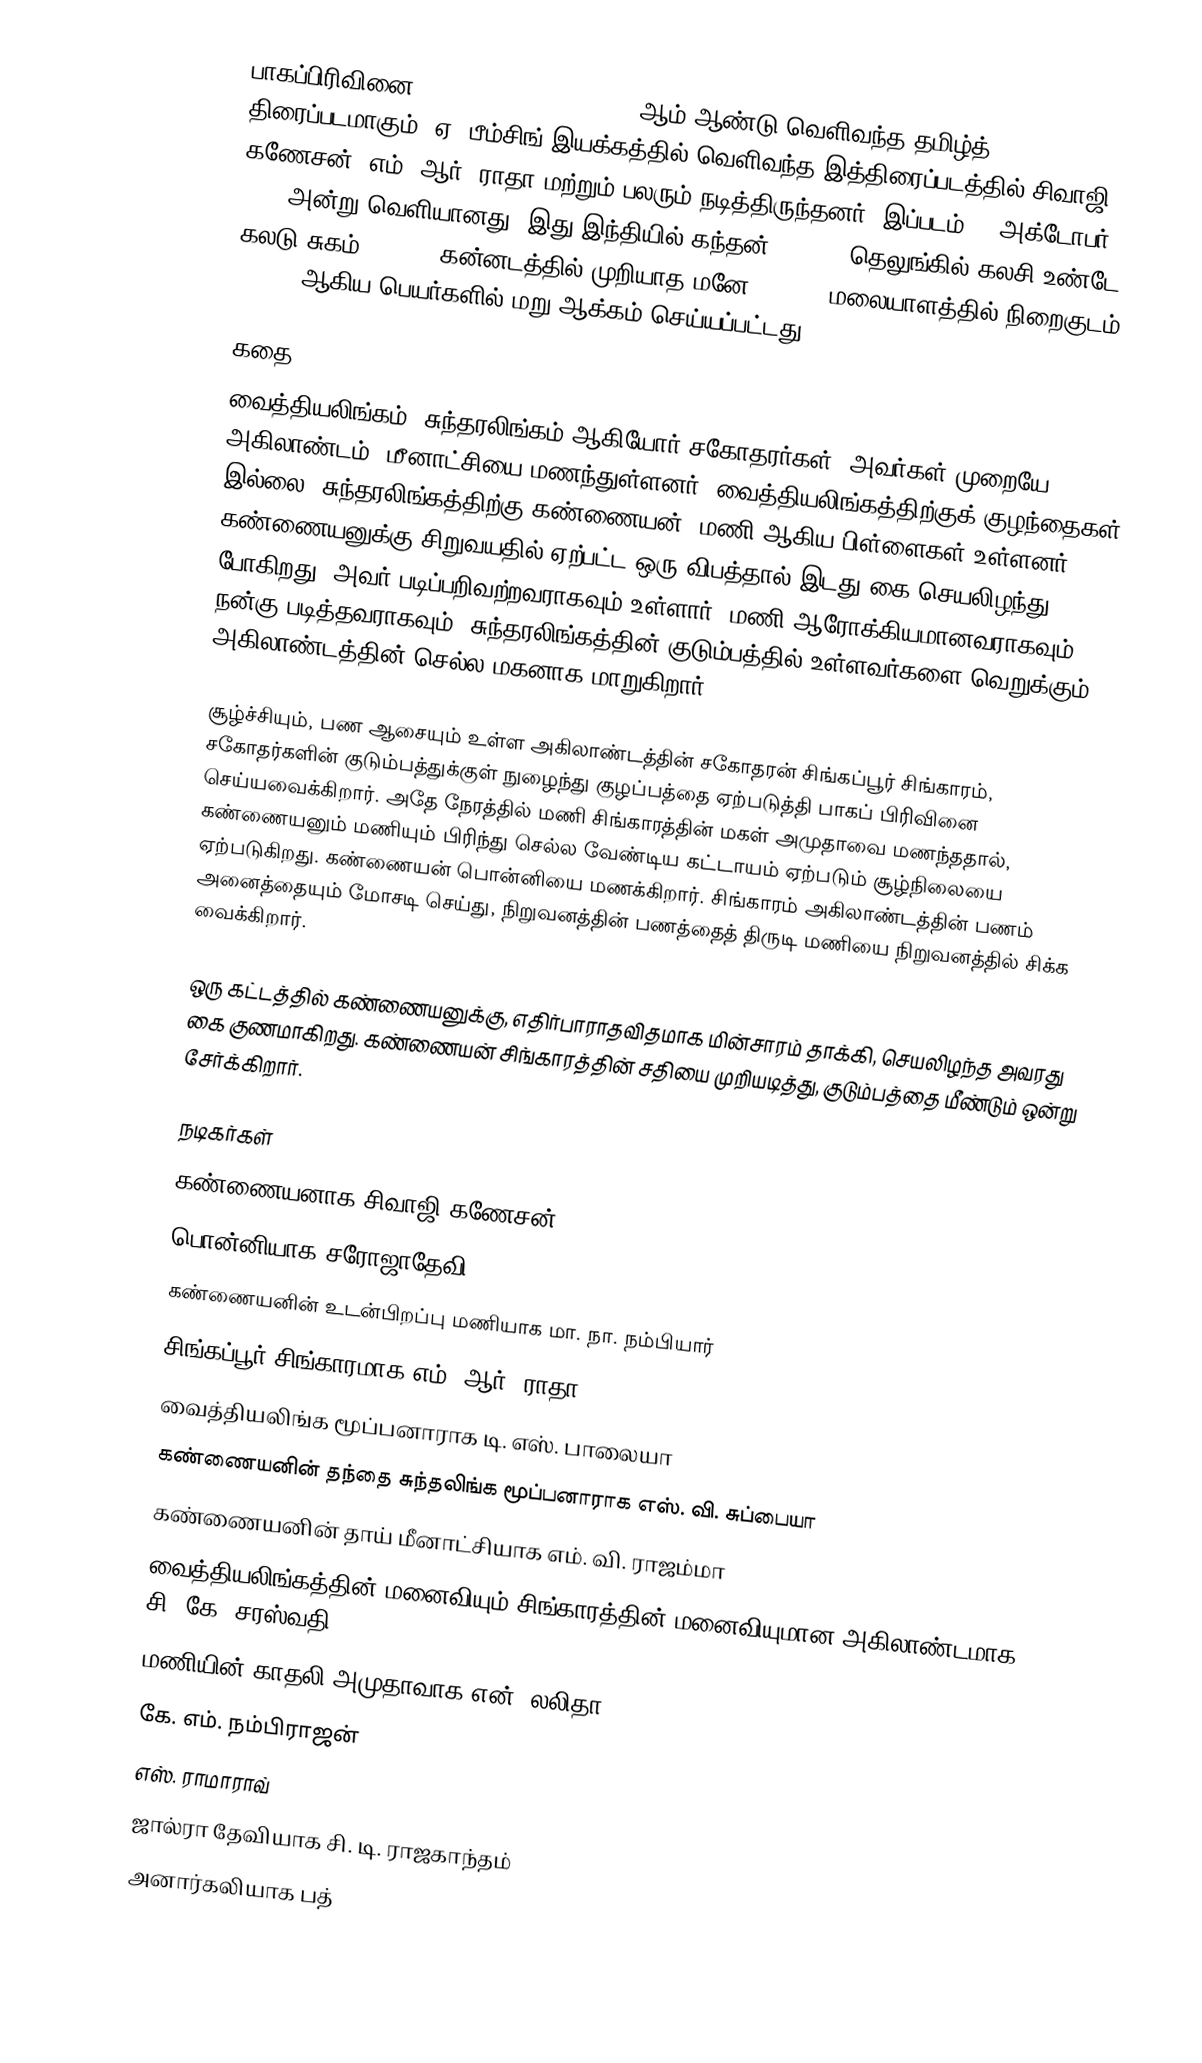
பாகப்பிரிவினை (Bhaaga Pirivinai) 1959 ஆம் ஆண்டு வெளிவந்த தமிழ்த் திரைப்படமாகும். ஏ. பீம்சிங் இயக்கத்தில் வெளிவந்த இத்திரைப்படத்தில் சிவாஜி கணேசன், எம். ஆர். ராதா மற்றும் பலரும் நடித்திருந்தனர். இப்படம் 31 அக்டோபர் 1959 அன்று வெளியானது. இது இந்தியில் கந்தன் (1965), தெலுங்கில் கலசி உண்டே கலடு சுகம் (1961), கன்னடத்தில் முறியாத மனே (1964), மலையாளத்தில் நிறைகுடம் (1977) ஆகிய பெயர்களில் மறு ஆக்கம் செய்யப்பட்டது.

கதை
வைத்தியலிங்கம், சுந்தரலிங்கம் ஆகியோர் சகோதரர்கள். அவர்கள் முறையே அகிலாண்டம், மீனாட்சியை மணந்துள்ளனர். வைத்தியலிங்கத்திற்குக் குழந்தைகள் இல்லை. சுந்தரலிங்கத்திற்கு கண்ணையன், மணி ஆகிய பிள்ளைகள் உள்ளனர். கண்ணையனுக்கு சிறுவயதில் ஏற்பட்ட ஒரு விபத்தால் இடது கை செயலிழந்து போகிறது. அவர் படிப்பறிவற்றவராகவும் உள்ளார். மணி ஆரோக்கியமானவராகவும், நன்கு படித்தவராகவும், சுந்தரலிங்கத்தின் குடும்பத்தில் உள்ளவர்களை வெறுக்கும் அகிலாண்டத்தின் செல்ல மகனாக மாறுகிறார்.

சூழ்ச்சியும், பண ஆசையும் உள்ள அகிலாண்டத்தின் சகோதரன் சிங்கப்பூர் சிங்காரம், சகோதர்களின் குடும்பத்துக்குள் நுழைந்து குழப்பத்தை ஏற்படுத்தி பாகப் பிரிவினை செய்யவைக்கிறார். அதே நேரத்தில் மணி சிங்காரத்தின் மகள் அமுதாவை மணந்ததால், கண்ணையனும் மணியும் பிரிந்து செல்ல வேண்டிய கட்டாயம் ஏற்படும் சூழ்நிலையை ஏற்படுகிறது. கண்ணையன் பொன்னியை மணக்கிறார். சிங்காரம் அகிலாண்டத்தின் பணம் அனைத்தையும் மோசடி செய்து, நிறுவனத்தின் பணத்தைத் திருடி மணியை நிறுவனத்தில் சிக்க வைக்கிறார்.

ஒரு கட்டத்தில் கண்ணையனுக்கு, எதிர்பாராதவிதமாக மின்சாரம் தாக்கி, செயலிழந்த அவரது கை குணமாகிறது. கண்ணையன் சிங்காரத்தின் சதியை முறியடித்து, குடும்பத்தை மீண்டும் ஒன்று சேர்க்கிறார்.

நடிகர்கள்
கண்ணையனாக சிவாஜி கணேசன்
பொன்னியாக சரோஜாதேவி
கண்ணையனின் உடன்பிறப்பு மணியாக மா. நா. நம்பியார்
சிங்கப்பூர் சிங்காரமாக எம். ஆர். ராதா
வைத்தியலிங்க மூப்பனாராக டி. எஸ். பாலையா
கண்ணையனின் தந்தை சுந்தலிங்க மூப்பனாராக எஸ். வி. சுப்பையா
கண்ணையனின் தாய் மீனாட்சியாக எம். வி. ராஜம்மா
வைத்தியலிங்கத்தின் மனைவியும் சிங்காரத்தின் மனைவியுமான அகிலாண்டமாக சி. கே. சரஸ்வதி
மணியின் காதலி அமுதாவாக என். லலிதா
கே. எம். நம்பிராஜன்
எஸ். ராமாராவ்
ஜால்ரா தேவியாக சி. டி. ராஜகாந்தம்
அனார்கலியாக பத்